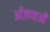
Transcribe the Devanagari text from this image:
आँजणाओं